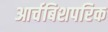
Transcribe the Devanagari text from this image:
आर्चबिशपरिक